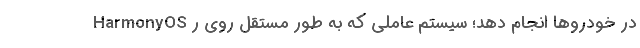
HarmonyOS در خودروها انجام دهد؛ سیستم عاملی که به طور مستقل روی ر